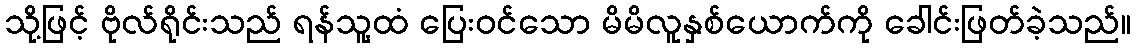
သို့ဖြင့် ဗိုလ်ရိုင်းသည် ရန်သူ့ထံ ပြေးဝင်သော မိမိလူနှစ်ယောက်ကို ခေါင်းဖြတ်ခဲ့သည်။